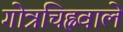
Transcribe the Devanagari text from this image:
गोत्रचिह्नवाले